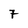
Character: 7